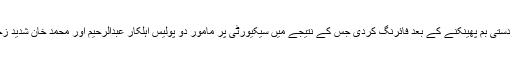
تفصیلات کے مطابق بلدیہ ٹاؤن کے علاقے سعیدآباد میں دو موٹر سائیکل سواروں نے ایک بیکری پر دستی بم پھینکنے کے بعد فائرنگ کردی جس کے نتیجے میں سیکیورٹی پر مامور دو پولیس اہلکار عبدالرحیم اور محمد خان شدید زخمی ہوگئے، جنہیں فوری طور پرعباسی شہید اسپتال منتقل کیا گیا تاہم وہ راستے میں ہی دم توڑ گئے۔